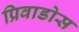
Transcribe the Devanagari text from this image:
प्रिवाडोस